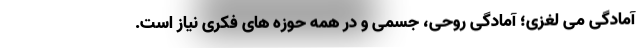
آمادگی می لغزی؛ آمادگی روحی، جسمی و در همه حوزه های فکری نیاز است.